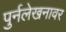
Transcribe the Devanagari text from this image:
पुर्नलेखनावर